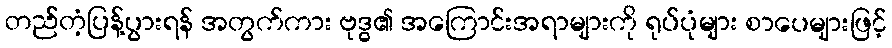
တည်တံ့ပြန့်ပွားရန် အတွက်ကား ဗုဒ္ဓ၏ အကြောင်းအရာများကို ရုပ်ပုံများ စာပေများဖြင့်